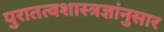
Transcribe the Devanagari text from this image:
पुरातत्वशास्त्रज्ञांनुसार